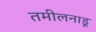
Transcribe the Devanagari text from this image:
तमीलनाडू